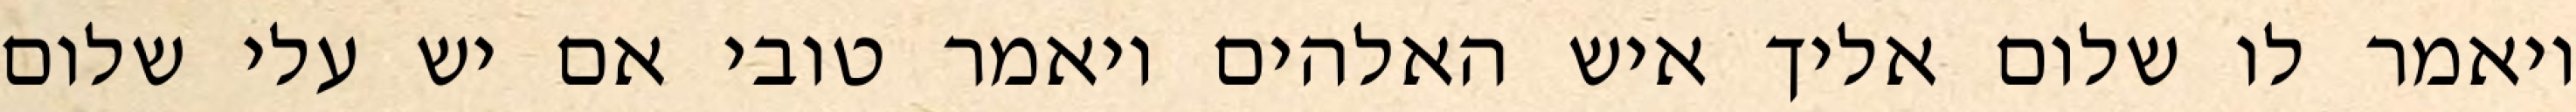
ויאמר לו שלום אליך איש האלהים ויאמר טובי אם יש עלי שלום